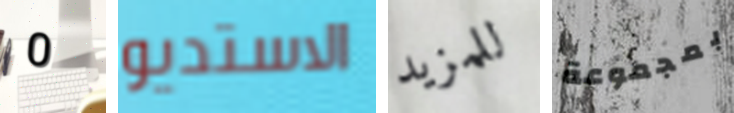
0 الاستديو للمزيد بمجموعة